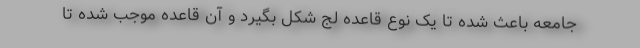
جامعه باعث شده تا یک نوع قاعده لج شکل بگیرد و آن قاعده موجب شده تا